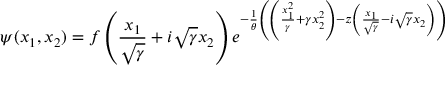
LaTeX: \psi ( x _ { 1 } , x _ { 2 } ) = f \left( \frac { x _ { 1 } } { \sqrt { \gamma } } + i \sqrt { \gamma } x _ { 2 } \right) e ^ { - \frac { 1 } { \theta } \left( \left( \frac { x _ { 1 } ^ { 2 } } { \gamma } + \gamma x _ { 2 } ^ { 2 } \right) - z \left( \frac { x _ { 1 } } { \sqrt { \gamma } } - i \sqrt { \gamma } x _ { 2 } \right) \right) }